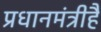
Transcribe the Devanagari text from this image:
प्रधानमंत्रीहै